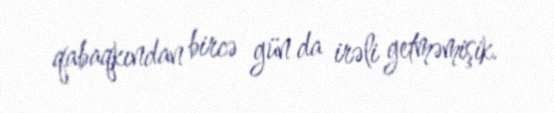
qabaqkından bircə gün da irəli getməmişik.